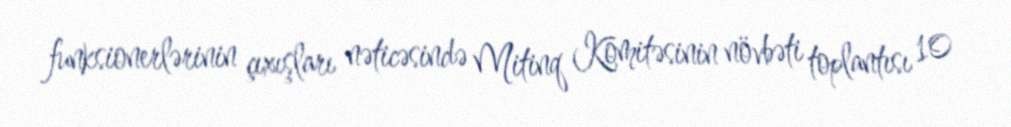
funksionerlərinin çıxışları nəticəsində Mitinq Komitəsinin növbəti toplantısı 10